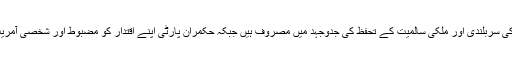
متحدہ جمہوری محاذ کے باعزم رہنما ہدیۂ تبریک کے مستحق ہیں کہ اس دور میں بھی جمہوری اقدار کی سربلندی اور ملکی سالمیت کے تحفظ کی جدوجہد میں مصروف ہیں جبکہ حکمران پارٹی اپنے اقتدار کو مضبوط اور شخصی آمریت کو مستحکم کرنے کی خاطر تمام سیاسی، اخلاقی اور جمہوری حدود و قیود کو خیرباد کہہ چکی ہے۔